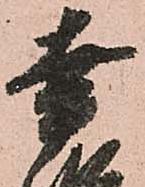
幸